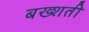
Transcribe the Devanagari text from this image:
बख्शती